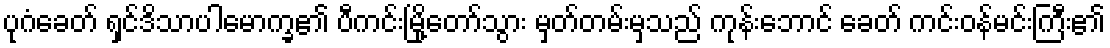
ပုဂံခေတ် ရှင်ဒိသာပါမောက္ခ၏ ပီကင်းမြို့တော်သွား မှတ်တမ်းမှသည် ကုန်းဘောင် ခေတ် ကင်းဝန်မင်းကြီး၏